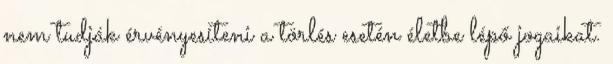
nem tudják érvényesíteni a törlés esetén életbe lépő jogaikat.